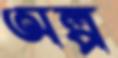
অল্প